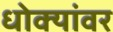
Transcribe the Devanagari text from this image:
धोक्यांवर